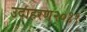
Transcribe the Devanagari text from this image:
उदाहरण२०११